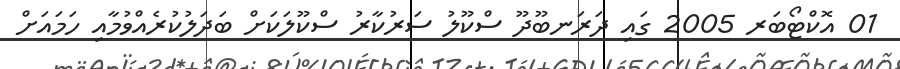
01 އޮކްޓޯބަރ 2005 ގައި ދަރަނބޫދޫ ސްކޫލު ސަރުކާރު ސްކޫލަކަށް ބަދަލުކުރެއްވުމާއި ހަމައަށް